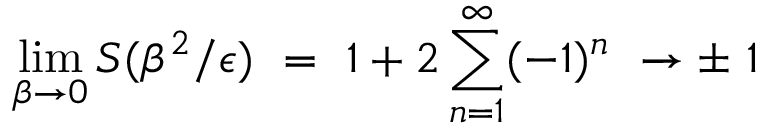
\operatorname * { l i m } _ { \beta \rightarrow 0 } S ( \beta ^ { 2 } / \epsilon ) \ = \ 1 + 2 \sum _ { n = 1 } ^ { \infty } ( - 1 ) ^ { n } \ \rightarrow \pm \ 1